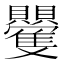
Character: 𮚮